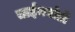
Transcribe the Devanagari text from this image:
ताईक्वांडो